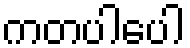
ကတပါပေါ